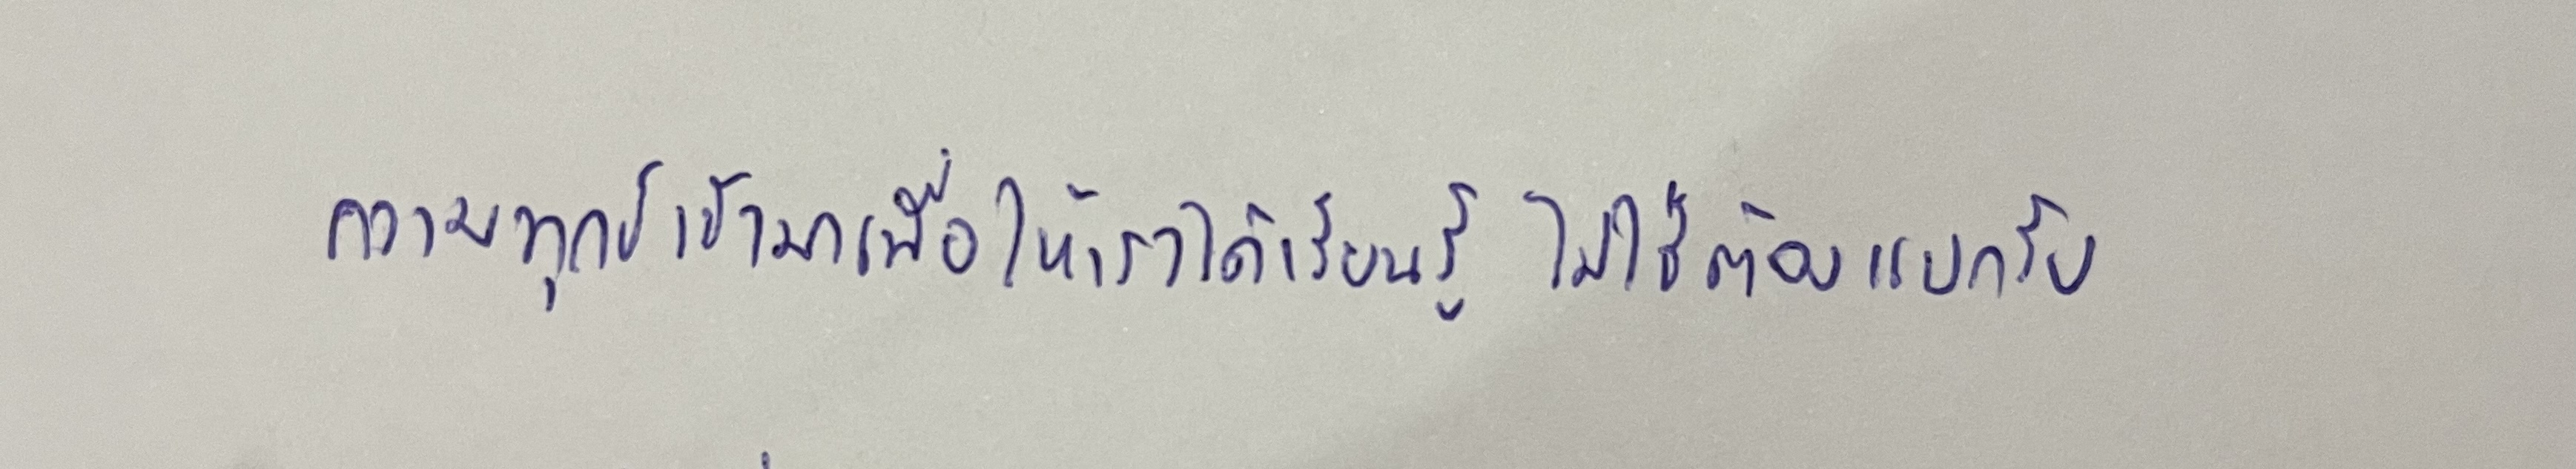
ความทุกข์ เข้ามาเพื่อให้เราได้เรียนรู้ ไม่ใช่ต้องแบกรับ